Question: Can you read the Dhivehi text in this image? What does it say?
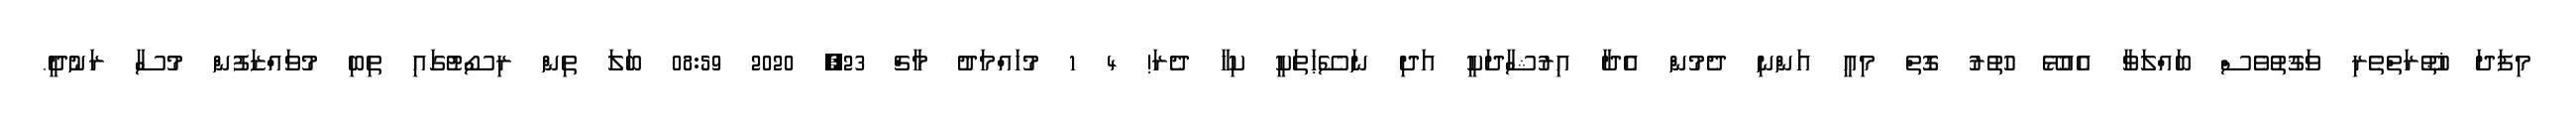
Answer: މިފަދަ ޚުޠޫރަތްތެރި ވަޤުތުވެސް ބައްލަވާ އެއުޅޭ ހުތުރު ގޮތް މިއީ އަންނި ދެމުން އެދާ އިރުޝާދަކީ އަދި ނަސޭޙަތަކީ ކިހާ ދެރަ! 4 1 މުހައްމަދު މާޗް 23, 2020 08:59 ބަލަ ތިން ރިސޯޓުގައި ތިބި މުވައްޒަފުން މުސާ ރަނުދީ.